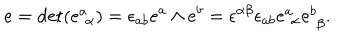
LaTeX: e = \mathrm { d e t } ( e _ { \, \, \alpha } ^ { a } ) = \epsilon _ { a b } e ^ { a } \wedge e ^ { b } = \epsilon ^ { \alpha \beta } \epsilon _ { a b } e _ { \, \, \alpha } ^ { a } e _ { \, \, \beta } ^ { b } .